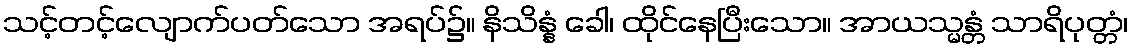
သင့်တင့်လျောက်ပတ်သော အရပ်၌။ နိသိန္နံ ခေါ၊ ထိုင်နေပြီးသော။ အာယသ္မန္တံ သာရိပုတ္တံ၊